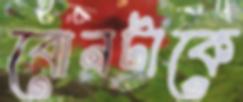
বোনটাকে